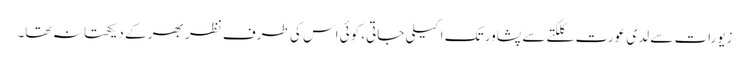
زیورات سے لدی عورت کلکتے سے پشاور تک اکیلی جاتی، کوئی اس کی طرف نظر بھر کے دیکھتا نہ تھا۔